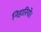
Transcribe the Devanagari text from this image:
निहारिये।